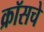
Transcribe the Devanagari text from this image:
क्रॉसचे